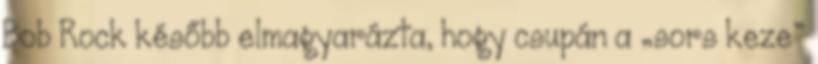
Bob Rock később elmagyarázta, hogy csupán a „sors keze”